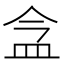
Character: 𥁌